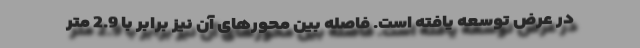
در عرض توسعه یافته است. فاصله بین محورهای آن نیز برابر با 2.9 متر